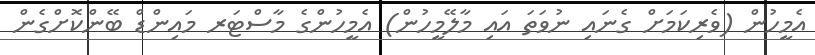
އެމީހުން (ވެރިކަމަށް ގެނައި ނުވަތަ އައި މާލޭމީހުން) އެމީހުންގެ މާސްޓަރ މައިންޑް ބޭންކޮށްގެން